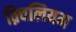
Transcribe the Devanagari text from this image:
क़्विलियम